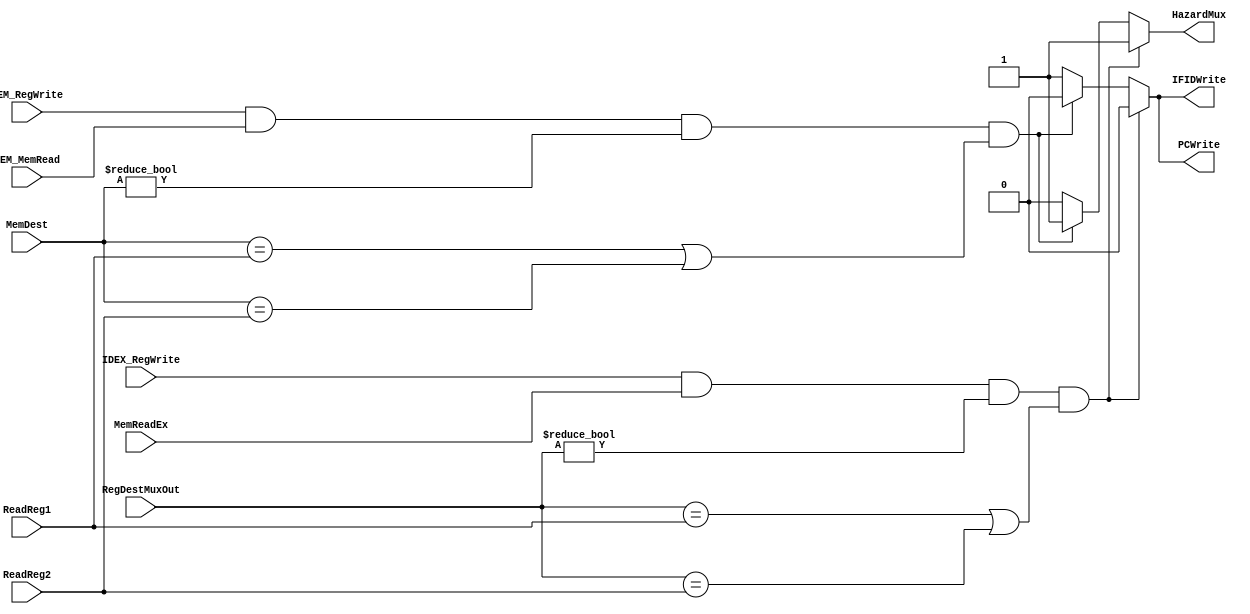
module hazardunit(IFIDWrite,PCWrite,HazardMux,ReadReg1,ReadReg2,RegDestMuxOut,MemDest,IDEX_RegWrite,MEM_RegWrite,MemReadEx,MEM_MemRead);

	output reg	IFIDWrite, PCWrite, HazardMux;
	
	input [4:0] ReadReg1,ReadReg2,RegDestMuxOut,MemDest;
	input IDEX_RegWrite,MEM_RegWrite,MemReadEx,MEM_MemRead;
	
    initial begin
        IFIDWrite = 1;
        PCWrite = 1;
        HazardMux = 0;
        
    end

    always@(*)
    begin
        if ( (IDEX_RegWrite == 1)&& (MemReadEx) && (RegDestMuxOut != 0) && ((RegDestMuxOut == ReadReg1) || (RegDestMuxOut == ReadReg2) ) )
        begin
            IFIDWrite = 0;
            PCWrite = 0;
            HazardMux = 1;
        end     

        else if ((MEM_RegWrite == 1) && (MEM_MemRead) &&(MemDest!=0) && ((MemDest == ReadReg1) || (MemDest == ReadReg2) ) )
        begin

            IFIDWrite = 0;
            PCWrite = 0;
            HazardMux = 1;

        end
        else
        begin
            IFIDWrite = 1;
            PCWrite = 1;
            HazardMux = 0;
        end
        
    end
		
    

endmodule